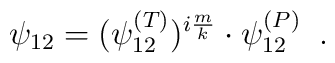
\psi_{12}=(\psi_{12}^{(T)})^{i\frac{m}{k}}\cdot\psi_{12}^{(P)}\;\;.